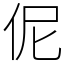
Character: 伲